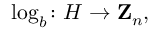
\log _ { b } \colon H \rightarrow \mathbf { Z } _ { n } ,